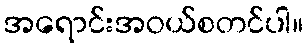
အရောင်းအဝယ်စတင်ပါ။